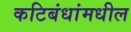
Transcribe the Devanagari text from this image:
कटिबंधांमधील